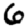
Digit: 6